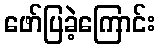
ဖော်ပြခဲ့ကြောင်း